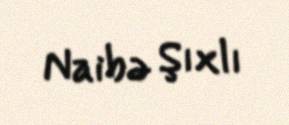
Naibə Şıxlı